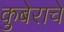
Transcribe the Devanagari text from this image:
कुबेराचे